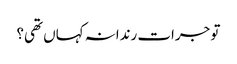
تو جرات رندانہ کہاں تھی؟